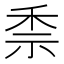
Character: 𥞆